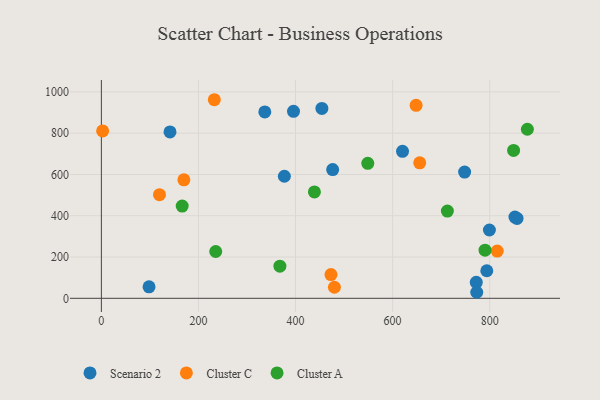
{"axis": {"x": "Price", "y": "Demand"}, "legend": ["Cluster A", "Cluster C", "Scenario 2"], "data": [{"x": "454.3", "y": 920.0, "type": "Scenario 2"}, {"x": "395.8", "y": 905.9, "type": "Scenario 2"}, {"x": "476.5", "y": 623.7, "type": "Scenario 2"}, {"x": "773.3", "y": 29.2, "type": "Scenario 2"}, {"x": "336.7", "y": 903.1, "type": "Scenario 2"}, {"x": "799.4", "y": 330.9, "type": "Scenario 2"}, {"x": "98.2", "y": 55.4, "type": "Scenario 2"}, {"x": "794.0", "y": 133.6, "type": "Scenario 2"}, {"x": "852.0", "y": 393.4, "type": "Scenario 2"}, {"x": "856.3", "y": 387.2, "type": "Scenario 2"}, {"x": "620.4", "y": 712.2, "type": "Scenario 2"}, {"x": "772.3", "y": 77.2, "type": "Scenario 2"}, {"x": "377.0", "y": 591.4, "type": "Scenario 2"}, {"x": "748.3", "y": 611.5, "type": "Scenario 2"}, {"x": "141.4", "y": 806.1, "type": "Scenario 2"}, {"x": "170.0", "y": 573.8, "type": "Cluster C"}, {"x": "119.7", "y": 502.0, "type": "Cluster C"}, {"x": "2.6", "y": 810.8, "type": "Cluster C"}, {"x": "815.5", "y": 228.9, "type": "Cluster C"}, {"x": "655.8", "y": 656.2, "type": "Cluster C"}, {"x": "473.0", "y": 115.1, "type": "Cluster C"}, {"x": "232.7", "y": 962.1, "type": "Cluster C"}, {"x": "648.4", "y": 935.2, "type": "Cluster C"}, {"x": "480.1", "y": 53.5, "type": "Cluster C"}, {"x": "712.8", "y": 422.5, "type": "Cluster A"}, {"x": "849.2", "y": 716.3, "type": "Cluster A"}, {"x": "367.8", "y": 155.6, "type": "Cluster A"}, {"x": "235.6", "y": 226.8, "type": "Cluster A"}, {"x": "438.9", "y": 515.2, "type": "Cluster A"}, {"x": "790.4", "y": 233.4, "type": "Cluster A"}, {"x": "166.5", "y": 446.6, "type": "Cluster A"}, {"x": "877.6", "y": 819.1, "type": "Cluster A"}, {"x": "548.8", "y": 653.8, "type": "Cluster A"}]}